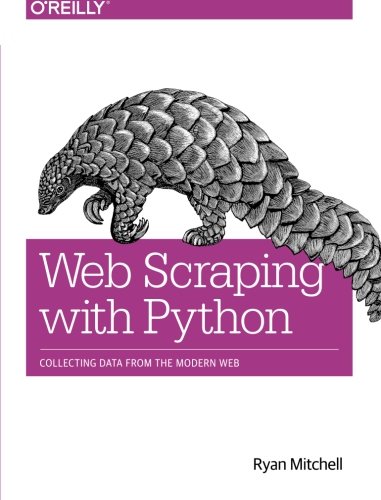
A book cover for Web Scraping with Python: Collecting Data from the Modern Web; Ryan Mitchell; Computers & Technology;